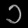
Digit: ၁